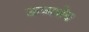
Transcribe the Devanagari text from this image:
ऊष्मभेद